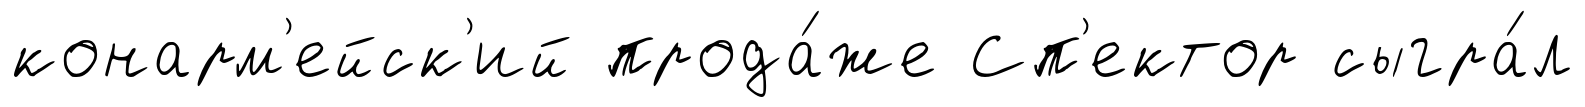
конарм'ейск'ий прода́же Сп'ектор сыгра́л